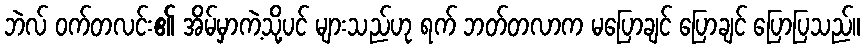
ဘဲလ် ဝက်တလင်း၏ အိမ်မှာကဲ့သို့ပင် များသည်ဟု ရက် ဘတ်တလာက မပြောချင် ပြောချင် ပြောပြသည်။